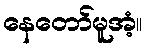
နေတော်မူအံ့။